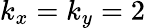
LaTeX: k_{x}=k_{y}=2